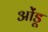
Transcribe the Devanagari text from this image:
ओंडू